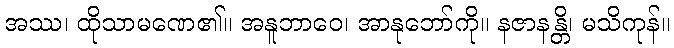
အဿ၊ ထိုသာမဏေ၏။ အနူဘာဝေ၊ အာနုဘော်ကို။ နဇာနန္တိ၊ မသိကုန်။